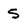
Character: 5